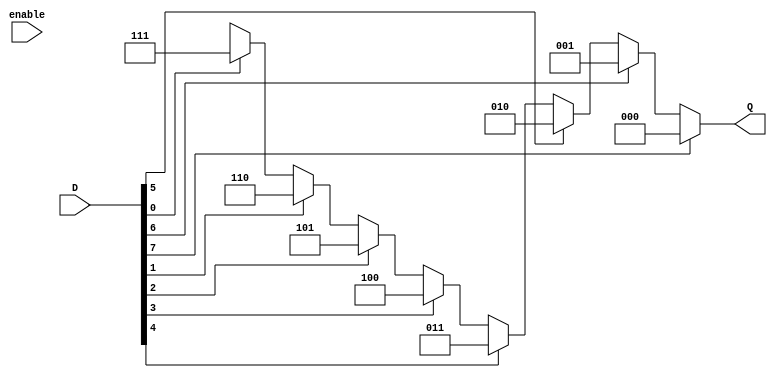
module encoder83ifelse(D,enable,Q);
input [0:7]D;
input enable;
output reg [0:2]Q;

always@(*)
begin
    if(D[0]==1)
    Q=3'b000;

    else if(D[1]==1)
    Q=3'b001;

   else if(D[2]==1)
    Q=3'b010;

   else if(D[3]==1)
    Q=3'b011;

   else if(D[4]==1)
    Q=3'b100;

    else if(D[5]==1)
    Q=3'b101;

    else if(D[6]==1)
    Q=3'b110;

   else if(D[7]==1)
    Q=3'b111;

    else
    Q=3'bX;

end

endmodule